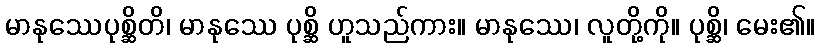
မာနုဿေပုစ္ဆိတိ၊ မာနုဿေ ပုစ္ဆိ ဟူသည်ကား။ မာနုဿေ၊ လူတို့ကို။ ပုစ္ဆိ၊ မေး၏။